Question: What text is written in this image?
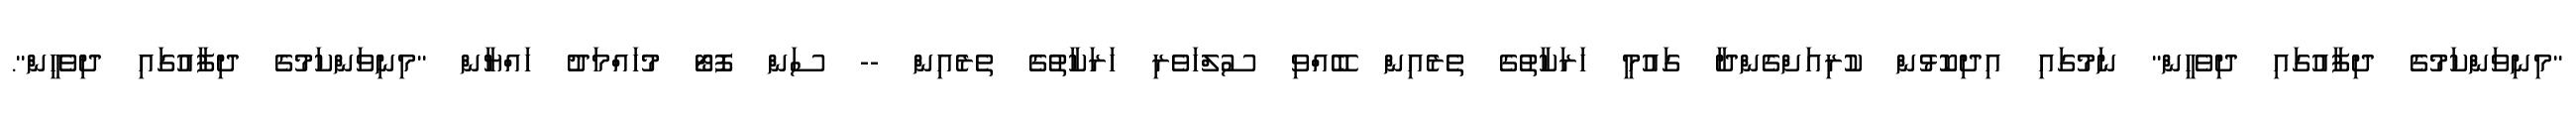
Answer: "މިނިވަންކަމުގެ ދިފާއުގައި ދިވެހީން" ނަމުގައި އިދިކޮޅުން ކުރިއަށްގެންދާ ގައުމީ ހަރަކާތުގެ ތެރެއިން ބޭއްވި ސުލްހަވެރި ހަރަކާތުގެ ތެރެއިން -- ސަން ފޮޓޯ މުހައްމަދު ހައްޔާން "މިނިވަންކަމުގެ ދިފާއުގައި ދިވެހީން".